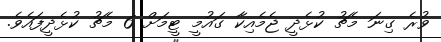
ވުރެ ގިނަ މެޗު ކުޅެދީ ޖެމެއިކާ ގައުމީ ޓީމަށް 6 މެޗު ކުޅެދީފައެވެ.